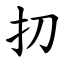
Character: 㧅